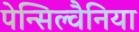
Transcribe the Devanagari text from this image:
पेन्सिल्वैनिया